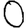
Digit: 0